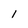
Character: 1